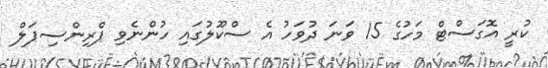
ކުރީ އޮގަސްޓް މަހުގެ 15 ވަނަ ދުވަހު އެ ސްކޫލުގައި ހުންނެވި ޕްރިންސިޕަލް